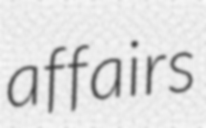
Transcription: affairs